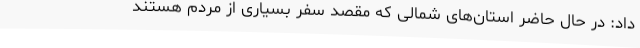
داد: در حال حاضر استان‌های شمالی که مقصد سفر بسیاری از مردم هستند